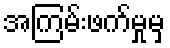
အကြမ်းဖက်မှုမှ